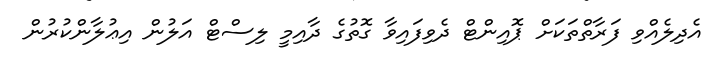
އެދިލެއްވި ފަރާތްތަކަށް ޕޮއިންޓް ދެވިފައިވާ ގޮތުގެ ދާއިމީ ލިސްޓް އަލުން އިޢުލާންކުރުން